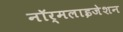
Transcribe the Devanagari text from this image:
नॉर्मलाइजेशन